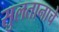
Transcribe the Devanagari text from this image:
सुलतानाचे